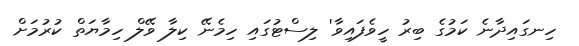
ހިނގައިދާނެ ކަމުގެ ބިރު ހީވެފައިވާ' ލިސްޓުގައި ހިމެނޭ ކިލާ ވޭލް ހިމާޔަތް ކުރުމަށް